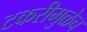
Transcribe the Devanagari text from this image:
टकरीमुळेच